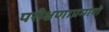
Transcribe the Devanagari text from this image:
परीक्षणाप्रमाणे